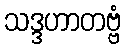
သဒ္ဒဟာတဗ္ဗံ